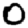
Digit: 0